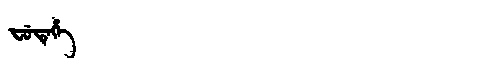
Manchu: ᠸᡠᡩᡝᡥᡝ
Romanization: FUDEHE